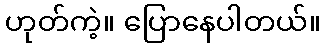
ဟုတ်ကဲ့။ ပြောနေပါတယ်။